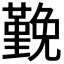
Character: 𭐅